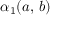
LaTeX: \alpha _ { 1 } ( a , \, b )